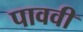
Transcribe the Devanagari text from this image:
पाववी